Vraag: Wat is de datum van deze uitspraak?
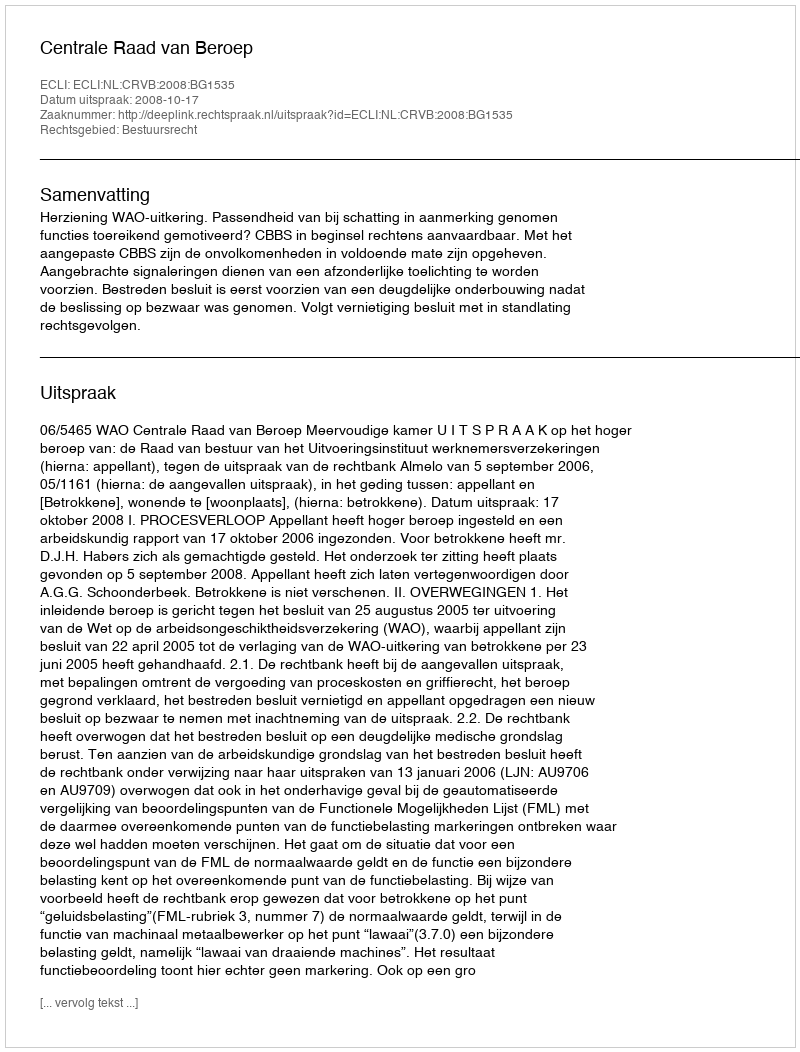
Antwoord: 2008-10-17